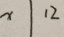
x \vert 1 2